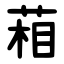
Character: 葙